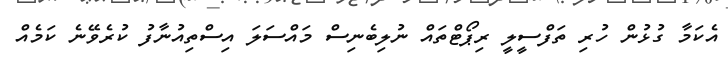
އެކަމާ ގުޅުން ހުރި ތަފްސީލީ ރިޕޯޓްތައް ނުލިބެނިސް މައްސަލަ އިސްތިއުނާފު ކުރެވޭނެ ކަމެއް